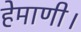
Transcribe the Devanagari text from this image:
हेमाणी।